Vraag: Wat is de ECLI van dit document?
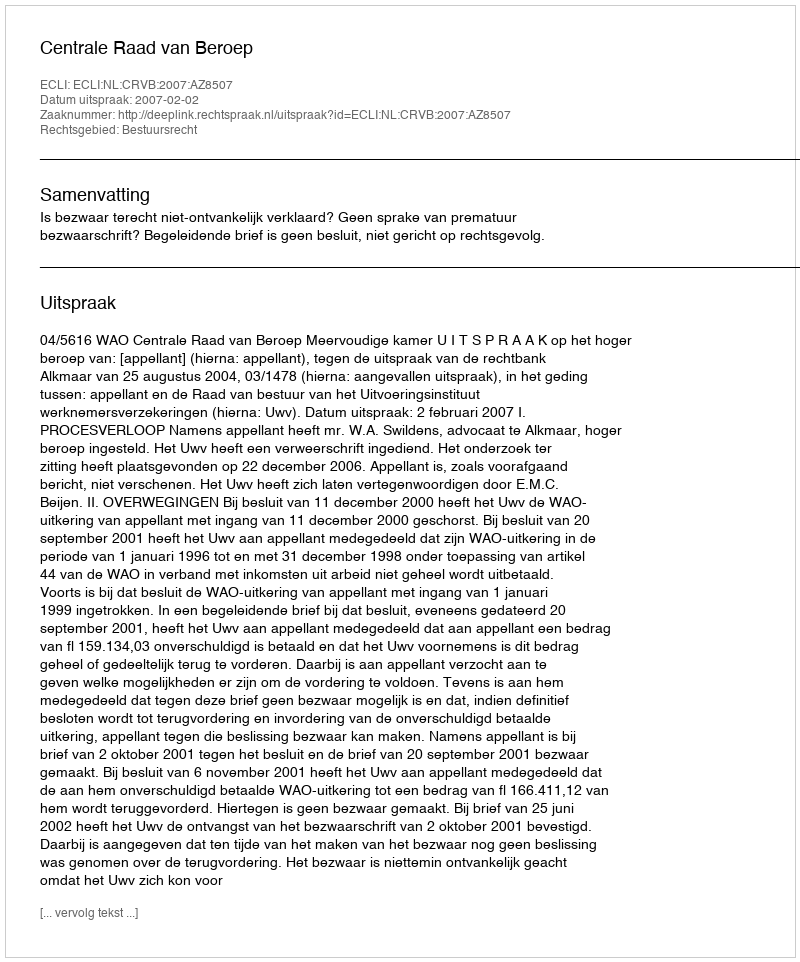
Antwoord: ECLI:NL:CRVB:2007:AZ8507